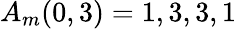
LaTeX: A_{m}(0,3)=1,3,3,1